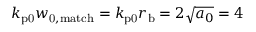
k _ { \mathrm { p 0 } } w _ { \mathrm { 0 , m a t c h } } = k _ { \mathrm { p 0 } } r _ { \mathrm { b } } = 2 \sqrt { a _ { 0 } } = 4